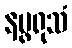
နပ္ဖရုသံ